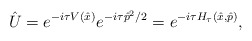
\begin{align*}\hat U=e^{-i\tau V(\hat x)}e^{-i\tau\hat p^2/2}= e^{-i\tau H_\tau(\hat x,\hat p)},\end{align*}